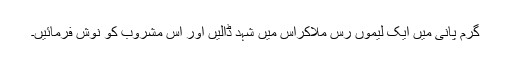
گرم پانی میں ایک لیموں رس ملاکراس میں شہد ڈالیں اور اس مشروب کو نوش فرمائیں۔